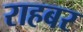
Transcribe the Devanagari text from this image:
राहबर